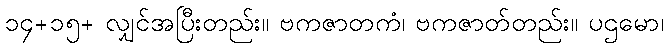
၁၄+၁၅+ လျှင်အပြီးတည်း။ ဗကဇာတကံ၊ ဗကဇာတ်တည်း။ ပဌမော၊